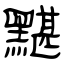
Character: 黮